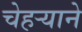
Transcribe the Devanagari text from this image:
चेहऱ्याने